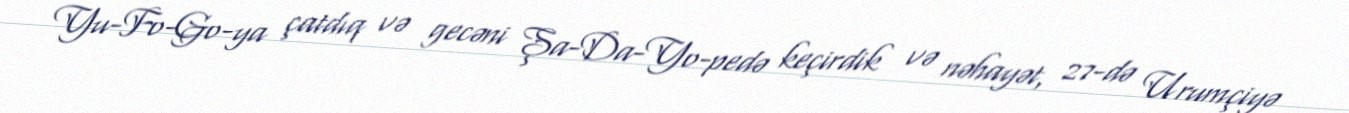
Yu-Fo-Go-ya çatdıq və gecəni Şa-Da-Yo-pedə keçirdik və nəhayət, 27-də Urumçiyə